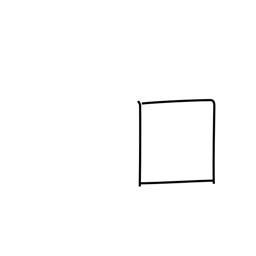
Meaning: box or enclosure radical (no. 31)